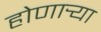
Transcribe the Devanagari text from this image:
होणार्‍या